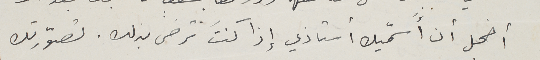
أخجل أن أسمّيك أستاذي إذا كنت ترضى بذلك. تصوّرتك